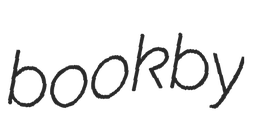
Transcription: book by